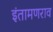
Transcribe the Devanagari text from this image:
इंतामणराव